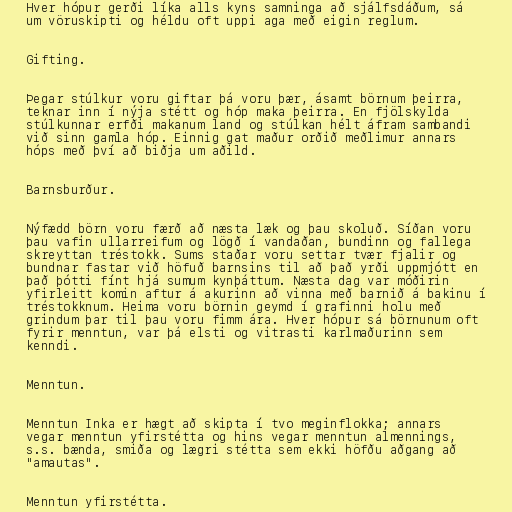
Hver hópur gerði líka alls kyns samninga að sjálfsdáðum, sá
um vöruskipti og héldu oft uppi aga með eigin reglum.

Gifting.

Þegar stúlkur voru giftar þá voru þær, ásamt börnum þeirra,
teknar inn í nýja stétt og hóp maka þeirra. En fjölskylda
stúlkunnar erfði makanum land og stúlkan hélt áfram sambandi
við sinn gamla hóp. Einnig gat maður orðið meðlimur annars
hóps með því að biðja um aðild.

Barnsburður.

Nýfædd börn voru færð að næsta læk og þau skoluð. Síðan voru
þau vafin ullarreifum og lögð í vandaðan, bundinn og fallega
skreyttan tréstokk. Sums staðar voru settar tvær fjalir og
bundnar fastar við höfuð barnsins til að það yrði uppmjótt en
það þótti fínt hjá sumum kynþáttum. Næsta dag var móðirin
yfirleitt komin aftur á akurinn að vinna með barnið á bakinu í
tréstokknum. Heima voru börnin geymd í grafinni holu með
grindum þar til þau voru fimm ára. Hver hópur sá börnunum oft
fyrir menntun, var þá elsti og vitrasti karlmaðurinn sem
kenndi.

Menntun.

Menntun Inka er hægt að skipta í tvo meginflokka; annars
vegar menntun yfirstétta og hins vegar menntun almennings,
s.s. bænda, smiða og lægri stétta sem ekki höfðu aðgang að
"amautas".

Menntun yfirstétta.